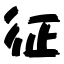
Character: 征